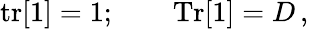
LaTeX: \mathrm{tr}[1]=1;\qquad\mathrm{Tr}[1]=D\, ,